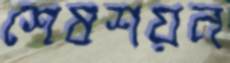
শেষশয়ন